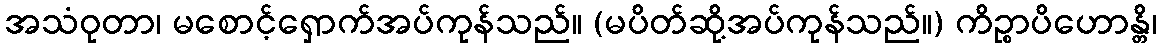
အသံဝုတာ၊ မစောင့်ရှောက်အပ်ကုန်သည်။ (မပိတ်ဆို့အပ်ကုန်သည်။) ကိဉ္စာပိဟောန္တိ၊